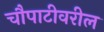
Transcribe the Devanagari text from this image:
चौपाटीवरील